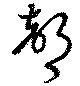
聲